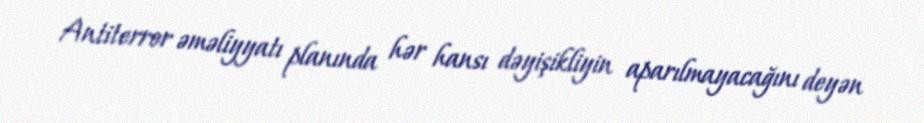
Antiterror əməliyyatı planında hər hansı dəyişikliyin aparılmayacağını deyən